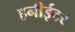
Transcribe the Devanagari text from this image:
हनीईटर